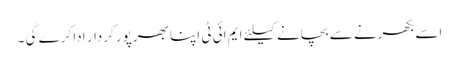
اسے بکھرنے سے بچانے کیلئے ایم ائی ٹی اپنا بھرپور کردار ادا کرے گی ۔